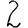
Digit: 2